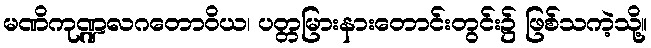
မဏိကုဏ္ဍလဂတောဝိယ၊ ပတ္တမြားနားတောင်းတွင်း၌ ဖြစ်သကဲ့သို့။